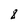
Character: 8